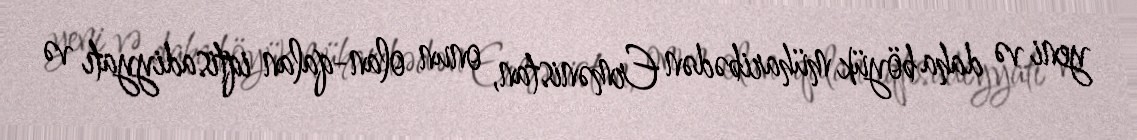
yeni və daha böyük müharibədən Ermənistan, onun olan-qalan iqtisadiyyatı və